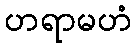
ဟရာမဟံ